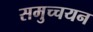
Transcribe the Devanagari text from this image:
समुच्चयन